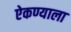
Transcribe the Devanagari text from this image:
ऐकण्याला